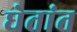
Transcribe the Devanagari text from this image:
घेतांत